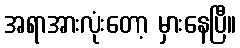
အရာအားလုံးတော့ မှားနေပြီ။